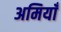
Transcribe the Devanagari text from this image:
अमियाँ